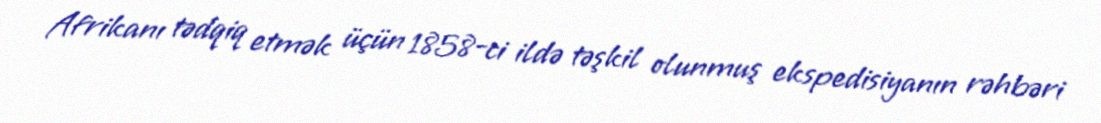
Afrikanı tədqiq etmək üçün 1858-ci ildə təşkil olunmuş ekspedisiyanın rəhbəri